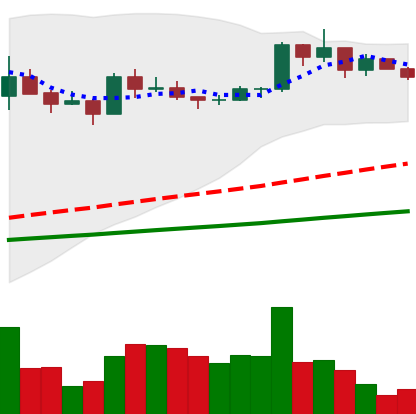
Ticker: BNB-USD
Chart end date: 2021-03-15
Forward return: 3.958%
Label: up_3_5